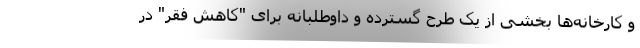
و کارخانه‌ها بخشی از یک طرح گسترده و داوطلبانه برای "کاهش فقر" در